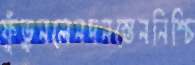
ফুঁড়ুনলেনদনস্তেননিশ্চি